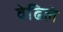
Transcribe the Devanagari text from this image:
वेढिले